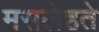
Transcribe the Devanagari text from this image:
मसलेहते